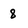
Character: 8